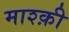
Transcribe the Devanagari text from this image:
माश्क़ी